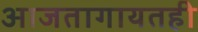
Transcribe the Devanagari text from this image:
आजतागायतही